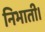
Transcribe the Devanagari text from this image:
निभाती।